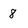
Character: 8